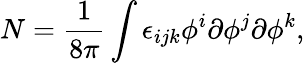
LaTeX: N=\frac{1}{8\pi}\int\epsilon_{ijk}\phi^{i}\partial\phi^{j}\partial\phi^{k},